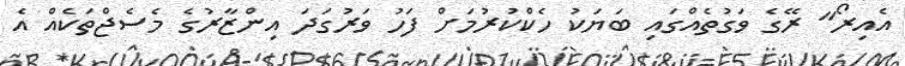
އެއިރޯ" ރޭގެ ވަގުތެއްގައި ބަޔަކު ހެކްކުރުމަށް ފަހު ވަރުގަދަ އިންޒާރުގެ މެސެޖްތަކެއް އެ